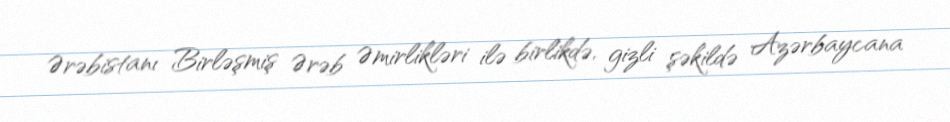
Ərəbistanı Birləşmiş Ərəb Əmirlikləri ilə birlikdə, gizli şəkildə Azərbaycana